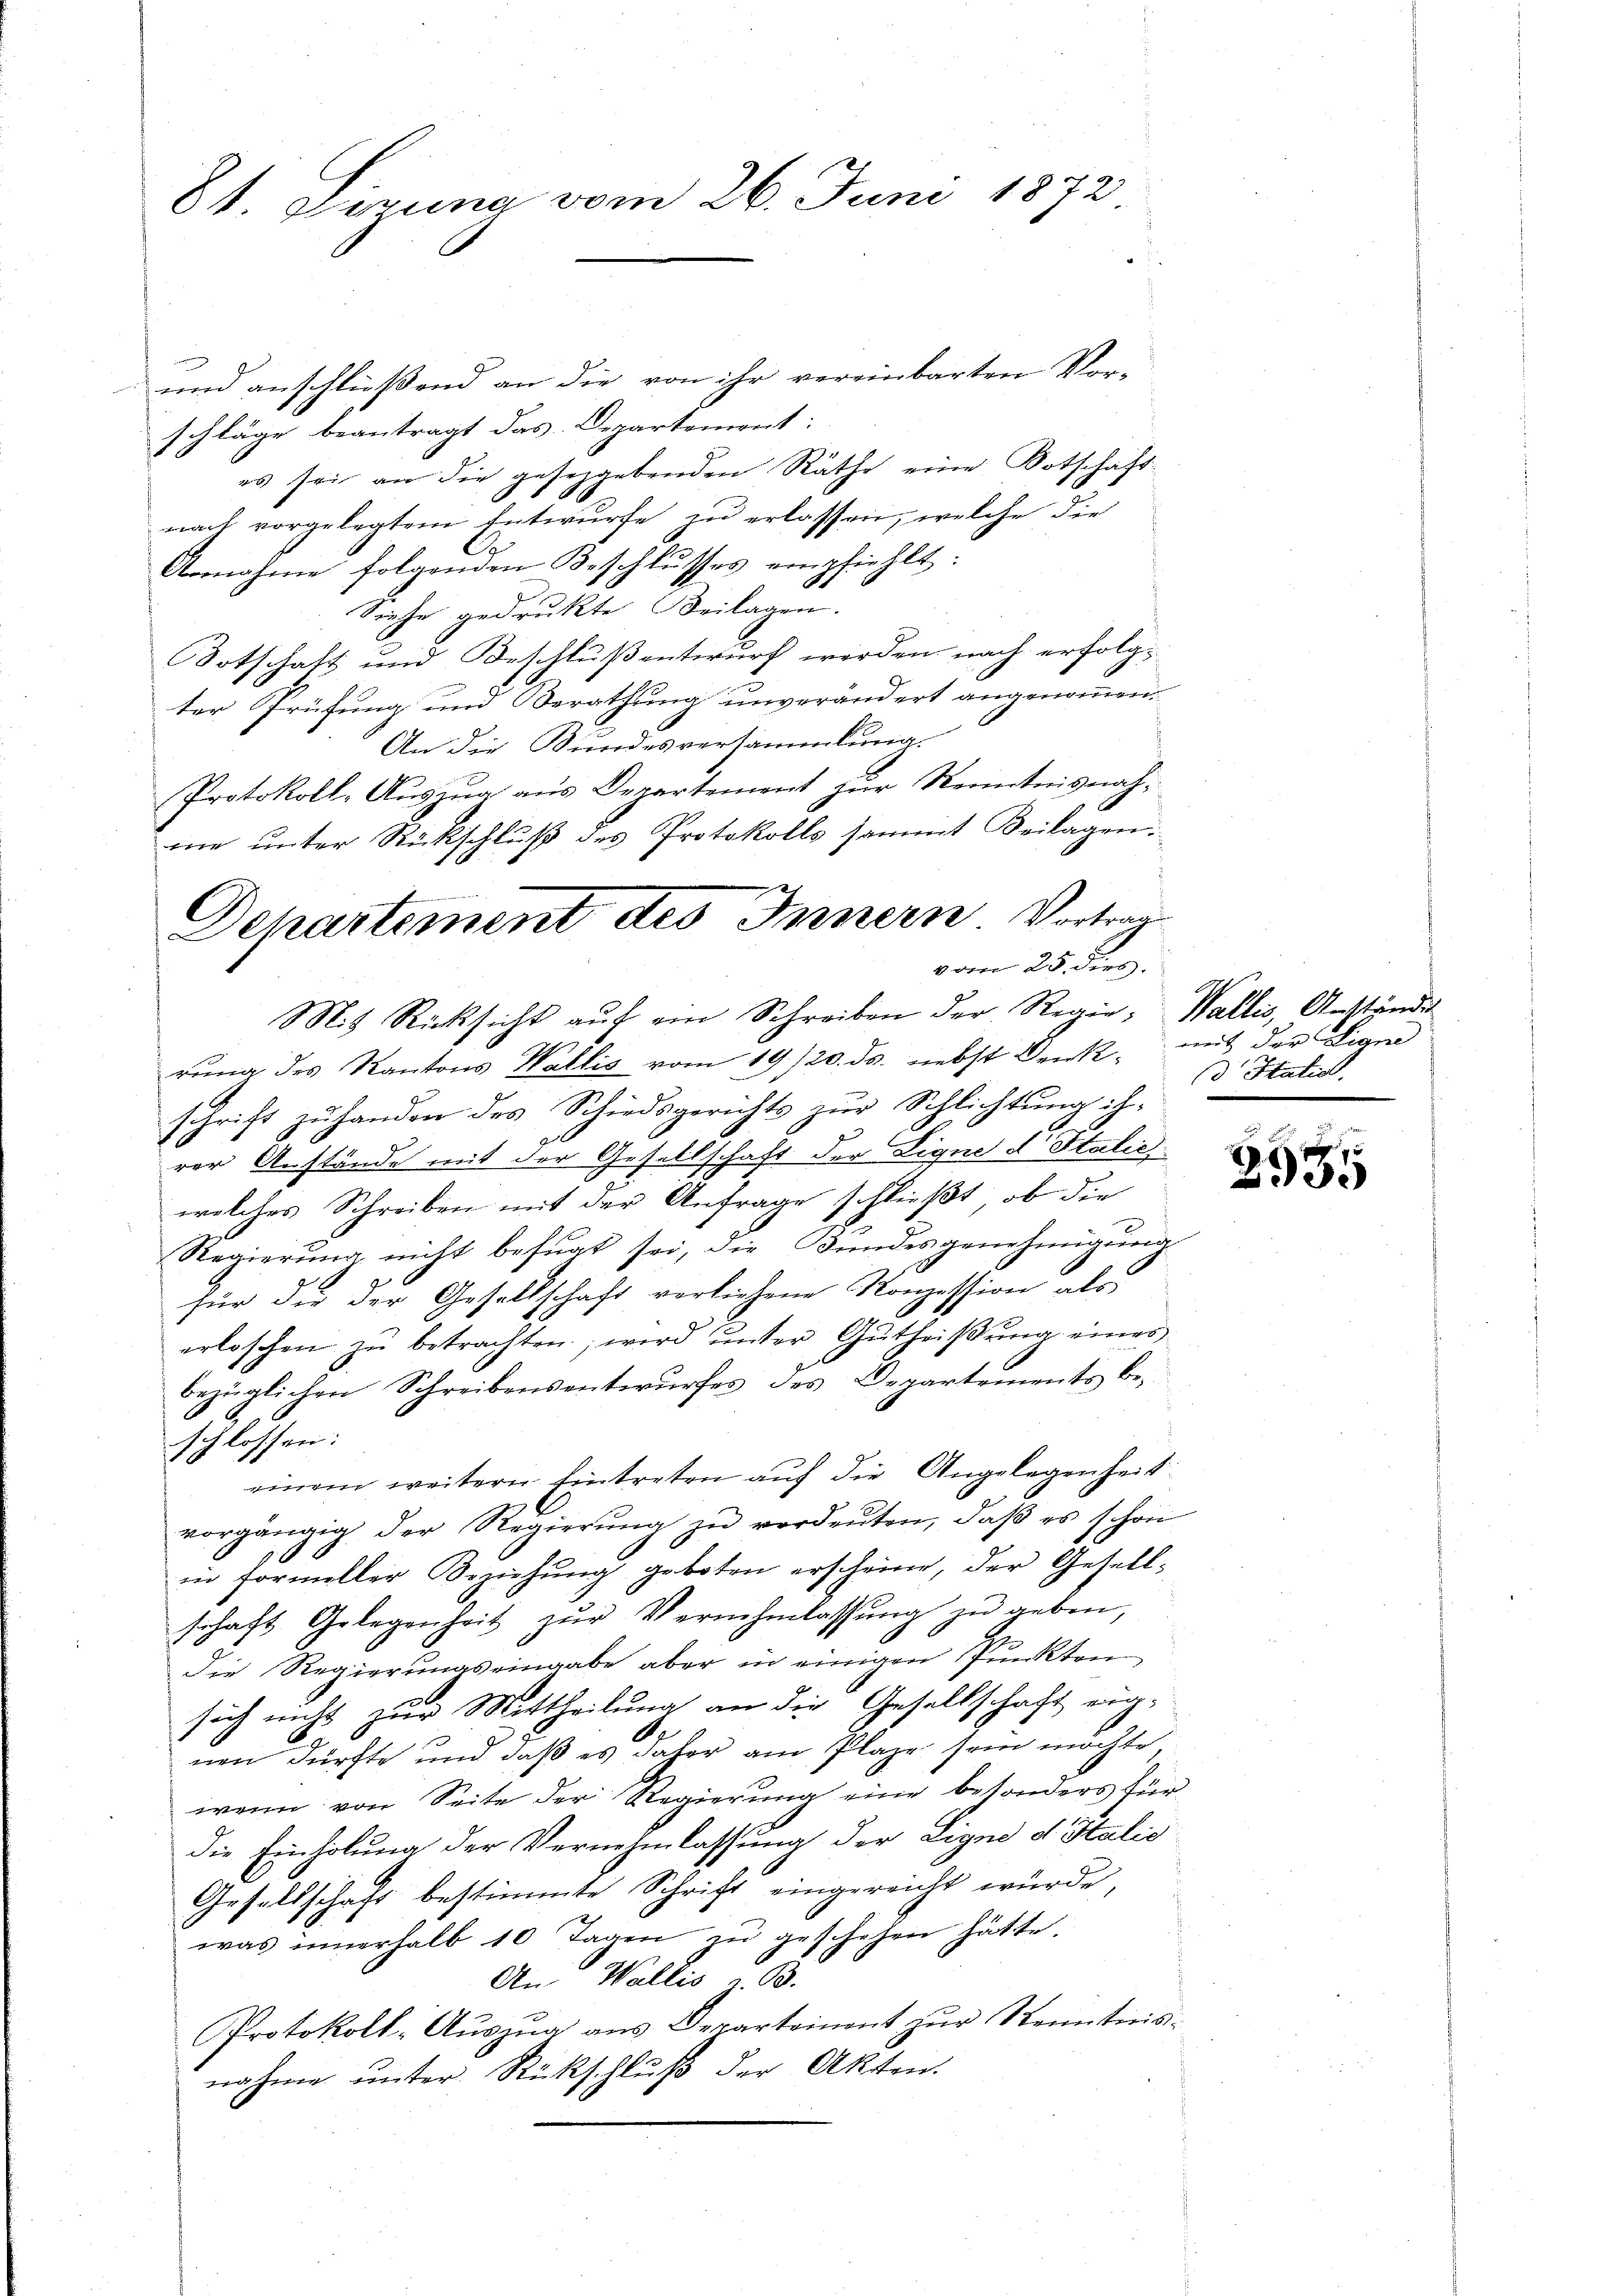
81 Sirung vom 26. Juni 1872

und anschließend an die von ihr vereinbarten Vor-
schläge beantragt das Departement:
es sei an die gesetzgebenden Räthe eine Botschaft
nach vorgelegtem Entwurfe zu erlassen, welche die
Annahme folgenden Beschlŭsses empfiehlt:
Siehe gedrukte Beilagen.
Botschaft und Beschluß entwurf werden nach erfolgter Prüfung und Berathung unverändert angenommen.
An die Bundesversammlung.
Protokoll-Auszug aus Departement zur Kenntnisnaheie unter Rückschluß des Protokolls sammt Beilagen.
vom 25. dies
Mit Rücksicht aŭf ein Schreiben der Regie- Wallis, Anständig
rŭng des Kantons Wallis vom 19/20. ds. nebst Denk mit der Eigen
schrift zu handen des Schiedsgerichts zur Schlichtung ih-
rer Anstände mit der Gesellschaft der Lique d Italie
welches Schreiben mit der Anfrage schließt, ob die
Regierung nicht befugt sei, die Bundesgenehmigung
für die der Gesellschaft verliehene Konzession als
erloschen zŭ betrachten, wird ŭnter Gŭtheiβŭng eines
bezüglichen Schreibensentwurfes des Departements beschlossen:
einem weitern Eintreten auf die Angelegenheit
vorgängig der Regierŭng zŭ verdeuten, daβ es schon
in formeller Beziehŭng geboten erscheine, der Gesell-
schaft Gelegenheit zŭr Vernehmlassŭng zŭ geben,
die Regierungseingabe aber in einigen Punkten
sich nicht zur Mittheilung an die Gesellschaft eig-
nen dürfte und daß es daher am Plaze sein möchte
wenn von Seite der Regierung eine besonders für
die Einholung der Vernehmlassung der Ligno d Italie
Gesellschaft bestimmte Schrift eingereicht würde,
was innerhalb 10 Tagen zŭ geschehen hätte.
An Wallis z. B.
Protokoll- Aŭszŭg ans Departement zŭr Kenntnis-
nahme unter Rückschluß der Akten.

Departement des Innern Vortrag

d Statio

e
.